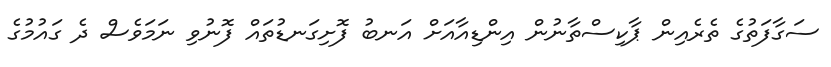
ސަގާފަތުގެ ތެރެއިން ޕާކިސްތާނުން އިންޑިއާއަށް އަނބު ފޮށިގަނޑުތައް ފޮނުވި ނަމަވެސް ދެ ގައުމުގެ